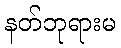
နတ်ဘုရားမ